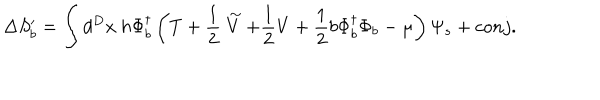
\Delta S _ { b } ^ { \prime } = \int d ^ { D } x ~ h \Phi _ { b } ^ { \dagger } \left( T + \frac { 1 } { 2 } \stackrel { \sim } { V } + \frac { 1 } { 2 } V + \frac { 1 } { 2 } b \Phi _ { b } ^ { \dagger } \Phi _ { b } - \mu \right) \Psi _ { s } + c o n j .